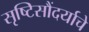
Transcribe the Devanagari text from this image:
सृष्टिसौंदर्याचे